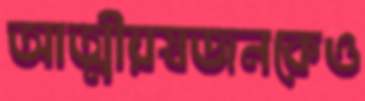
আত্মীয়স্বজনকেও